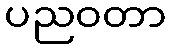
ပညဝတာ